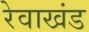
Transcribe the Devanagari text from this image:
रेवाखंड